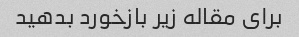
برای مقاله زیر بازخورد بدهید